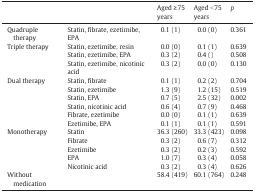
|  |  | Aged ≥ 75 years | Aged < 75 years | p |
 | --- | --- | --- | --- | --- |
 | Quadruple therapy | Statin, fibrate, ezetimibe, EPA | 0.1 (1) | 0.0 (0) | 0.361 |
 | Triple therapy | Statin, ezetimibe, resin | 0.0 (0) | 0.1 (1) | 0.639 |
 | Statin, ezetimibe, EPA | 0.3 (2) | 0.4 () | 0.508 |
 | Statin, ezetimibe, nicotinic acid | 0.3 (2) | 0.0 (0) | 0.130 |
 | Dual therapy | Statin, fibrate | 0.1 (1) | 0.2 (2) | 0.704 |
 | Statin, ezetimibe | 1.3 (9) | 1.2 (15) | 0.519 |
 | Statin, EPA | 0.7 (5) | 2.5 (32) | 0.002 |
 | Statin, nicotinic acid | 0.6 (4) | 0.7 (9) | 0.468 |
 | Fibrate, ezetimibe | 0.0 (0) | 0.1 (1) | 0.639 |
 | Ezetimibe, EPA | 0.1 (1) | 0.1 (1) | 0.591 |
 | Monotherapy | Statin | 36.3 (260) | 33.3 (423) | 0.098 |
 | Fibrate | 0.3 (2) | 0.6 (7) | 0.312 |
 | Ezetimibe | 0.3 (2) | 0.2 (3) | 0.592 |
 | EPA | 1.0 (7) | 0.3 (4) | 0.058 |
 | Nicotinic acid | 0.3 (2) | 0.3 (4) | 0.626 |
 | Without medication |  | 58.4 (419) | 60.1 (764) | 0.248 |